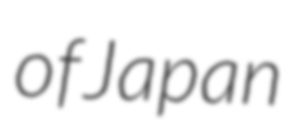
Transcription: of Japan